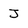
Character: J